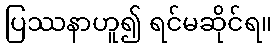
ပြဿနာဟူ၍ ရင်မဆိုင်ရ။